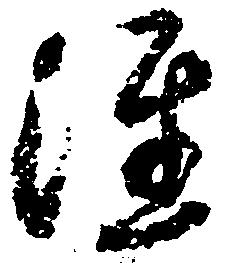
注